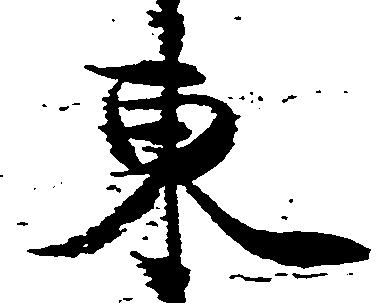
東